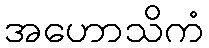
အဟောသိကံ